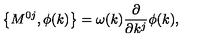
\left\{ M ^ { 0 j } , \phi ( k ) \right\} = \omega ( k ) \frac \partial { \partial k ^ { j } } \phi ( k ) ,